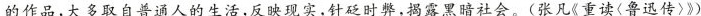
的作品,大多取自普通人的生活,反映现实,针砭时弊,揭露黑暗社会。(张凡《重读(鲁迅传)》)